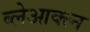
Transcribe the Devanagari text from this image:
ब्लेआक्त्न